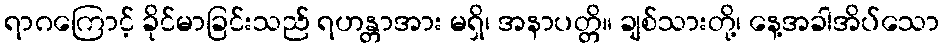
ရာဂကြောင့် ခိုင်မာခြင်းသည် ရဟန္တာအား မရှိ၊ အနာပတ္တိ။ ချစ်သားတို့၊ နေ့အခါအိပ်သော